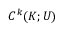
C ^ { k } ( K ; U )